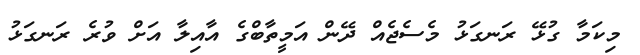
މިކަމާ ގުޅޭ ރަނގަޅު މެސެޖެއް ދޭން އަމީތާބްގެ އާއިލާ އަށް ވުރެ ރަނގަޅު